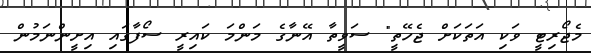
މެޖޯރިޓީ ވަކި އަތަކަށް ޖެހޭތީ" ސަވީތާ އޭނާގެ މަންމަ ކައިރީ ސޯފާގައި އިށީންނަމުން